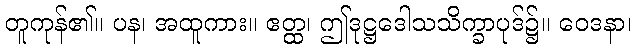
တူကုန်၏။ ပန၊ အထူကား။ ဧတ္ထ၊ ဤဒုဋ္ဌဒေါသသိက္ခာပုဒ်၌။ ဝေဒနာ၊